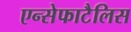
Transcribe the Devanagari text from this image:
एन्सेफाटैलिस